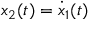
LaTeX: x _ { 2 } ( t ) = { \dot { x } } _ { 1 } ( t )